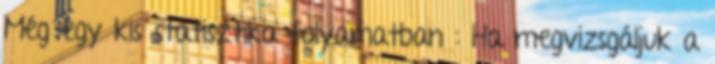
Még egy kis statisztika folyamatban : Ha megvizsgáljuk a